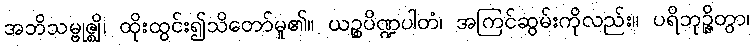
အဘိသမ္ဗုဇ္ဈိ၊ ထိုးထွင်း၍သိတော်မူ၏။ ယဉ္စပိဏ္ဍပါတံ၊ အကြင်ဆွမ်းကိုလည်း။ ပရိဘုဉ္ဇိတွာ၊